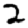
Digit: 2